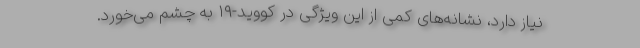
نیاز دارد، نشانه‌های کمی از این ویژگی‌ در کووید-۱۹ به چشم می‌خورد.